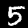
Digit: 5